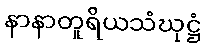
နာနာတူရိယသံဃုဋ္ဌံ